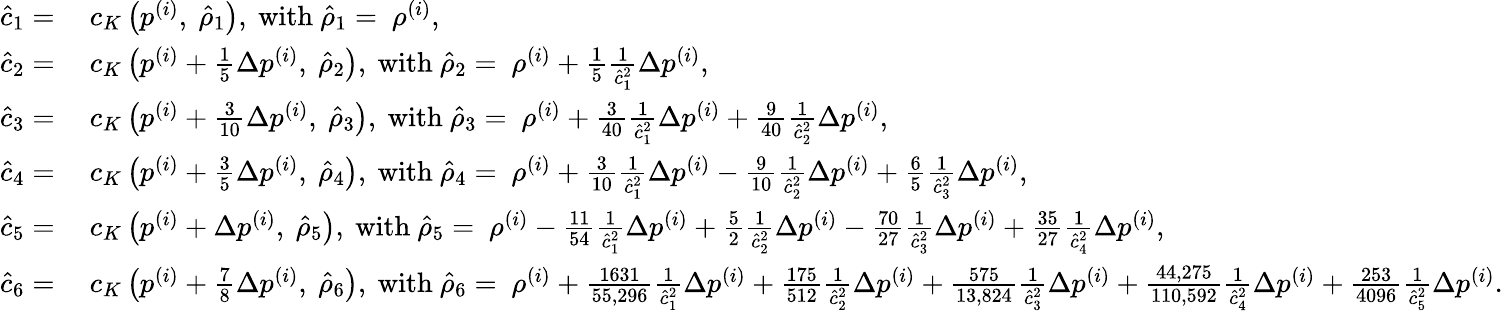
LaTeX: \begin{array}{rl}{\hat{c}_{1}=}&{~c_{K}\left(p^{(i)},~\hat{\rho}_{1}\right),~\mathrm{with}~\hat{\rho}_{1}=~\rho^{(i)},}\\ {\hat{c}_{2}=}&{~c_{K}\left(p^{(i)}+\frac{1}{5}\Delta p^{(i)},~\hat{\rho}_{2}\right),~\mathrm{with}~\hat{\rho}_{2}=~\rho^{(i)}+\frac{1}{5}\frac{1}{\hat{c}_{1}^{2}}\Delta p^{(i)},}\\ {\hat{c}_{3}=}&{~c_{K}\left(p^{(i)}+\frac{3}{10}\Delta p^{(i)},~\hat{\rho}_{3}\right),~\mathrm{with}~\hat{\rho}_{3}=~\rho^{(i)}+\frac{3}{40}\frac{1}{\hat{c}_{1}^{2}}\Delta p^{(i)}+\frac{9}{40}\frac{1}{\hat{c}_{2}^{2}}\Delta p^{(i)},~}\\ {\hat{c}_{4}=}&{~c_{K}\left(p^{(i)}+\frac{3}{5}\Delta p^{(i)},~\hat{\rho}_{4}\right),~\mathrm{with}~\hat{\rho}_{4}=~\rho^{(i)}+\frac{3}{10}\frac{1}{\hat{c}_{1}^{2}}\Delta p^{(i)}-\frac{9}{10}\frac{1}{\hat{c}_{2}^{2}}\Delta p^{(i)}+\frac{6}{5}\frac{1}{\hat{c}_{3}^{2}}\Delta p^{(i)},~}\\ {\hat{c}_{5}=}&{~c_{K}\left(p^{(i)}+\Delta p^{(i)},~\hat{\rho}_{5}\right),~\mathrm{with}~\hat{\rho}_{5}=~\rho^{(i)}-\frac{11}{54}\frac{1}{\hat{c}_{1}^{2}}\Delta p^{(i)}+\frac{5}{2}\frac{1}{\hat{c}_{2}^{2}}\Delta p^{(i)}-\frac{70}{27}\frac{1}{\hat{c}_{3}^{2}}\Delta p^{(i)}+\frac{35}{27}\frac{1}{\hat{c}_{4}^{2}}\Delta p^{(i)},~}\\ {\hat{c}_{6}=}&{~c_{K}\left(p^{(i)}+\frac{7}{8}\Delta p^{(i)},~\hat{\rho}_{6}\right),~\mathrm{with}~\hat{\rho}_{6}=~\rho^{(i)}+\frac{1631}{55,296}\frac{1}{\hat{c}_{1}^{2}}\Delta p^{(i)}+\frac{175}{512}\frac{1}{\hat{c}_{2}^{2}}\Delta p^{(i)}+\frac{575}{13,824}\frac{1}{\hat{c}_{3}^{2}}\Delta p^{(i)}+\frac{44,275}{110,592}\frac{1}{\hat{c}_{4}^{2}}\Delta p^{(i)}+\frac{253}{4096}\frac{1}{\hat{c}_{5}^{2}}\Delta p^{(i)}.}\end{array}